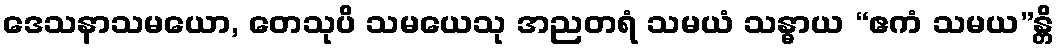
ဒေသနာသမယော, တေသုပိ သမယေသု အညတရံ သမယံ သန္ဓာယ “ဧကံ သမယ”န္တိ